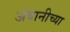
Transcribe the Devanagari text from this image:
अंबानीच्या